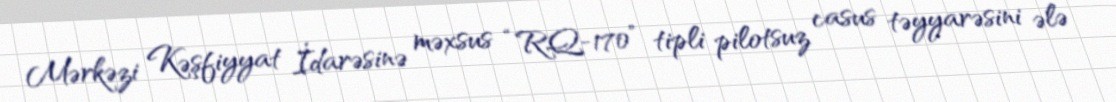
Mərkəzi Kəşfiyyat İdarəsinə məxsus “RQ-170” tipli pilotsuz casus təyyarəsini ələ